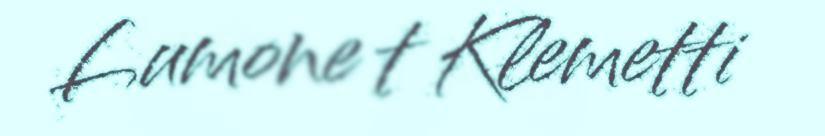
Lumone t Klemetti